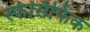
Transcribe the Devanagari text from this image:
स्फेसिफिक